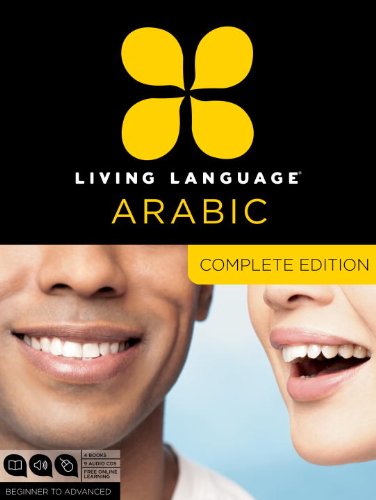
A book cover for Living Language Arabic, Complete Edition: Beginner through advanced course, including 3 coursebooks, 9 audio CDs, Arabic script guide, and free online learning; Living Language; Education & Teaching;